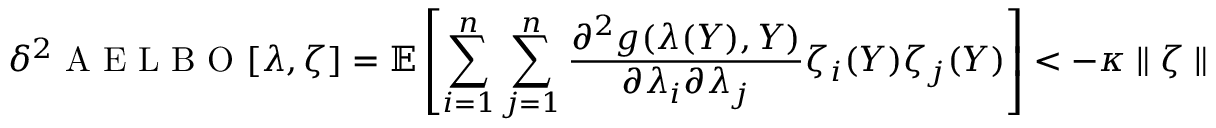
\delta ^ { 2 } \mathrm { ~ A ~ E ~ L ~ B ~ O ~ } [ \lambda , \zeta ] = \mathbb { E } \left[ \sum _ { i = 1 } ^ { n } \sum _ { j = 1 } ^ { n } \frac { \partial ^ { 2 } g ( \lambda ( Y ) , Y ) } { \partial \lambda _ { i } \partial \lambda _ { j } } \zeta _ { i } ( Y ) \zeta _ { j } ( Y ) \right] < - \kappa \parallel \zeta \parallel ^ { 2 } .